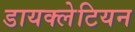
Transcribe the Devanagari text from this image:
डायक्लेटियन